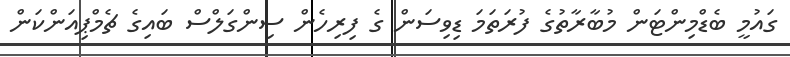
ގައުމީ ބެޑްމިންޓަން މުބާރާތުގެ ފުރަތަމަ ޑިވިސަން ގެ ފިރިހެން ސިންގަލްސް ބައިގެ ޗެމްޕިއަންކަން